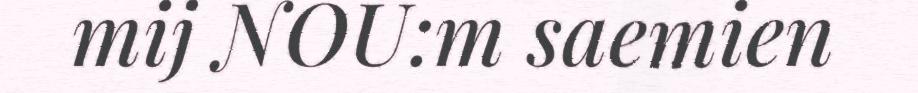
mij NOU:m saemien